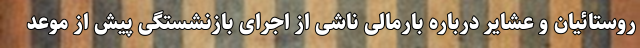
روستائیان و عشایر درباره بارمالی ناشی از اجرای بازنشستگی پیش از موعد